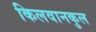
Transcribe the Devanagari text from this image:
किलवानकुल